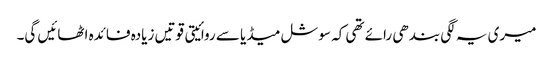
میری یہ لگی بندھی رائے تھی کہ سوشل میڈیا سے روائیتی قوتیں زیادہ فائدہ اٹھائیں گی۔